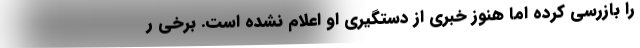
را بازرسی کرده اما هنوز خبری از دستگیری او اعلام نشده است. برخی ر